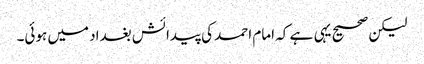
لیکن صحیح یہی ہے کہ امام احمد کی پیدائش بغداد میں ہوئی۔